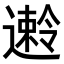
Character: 𫑅